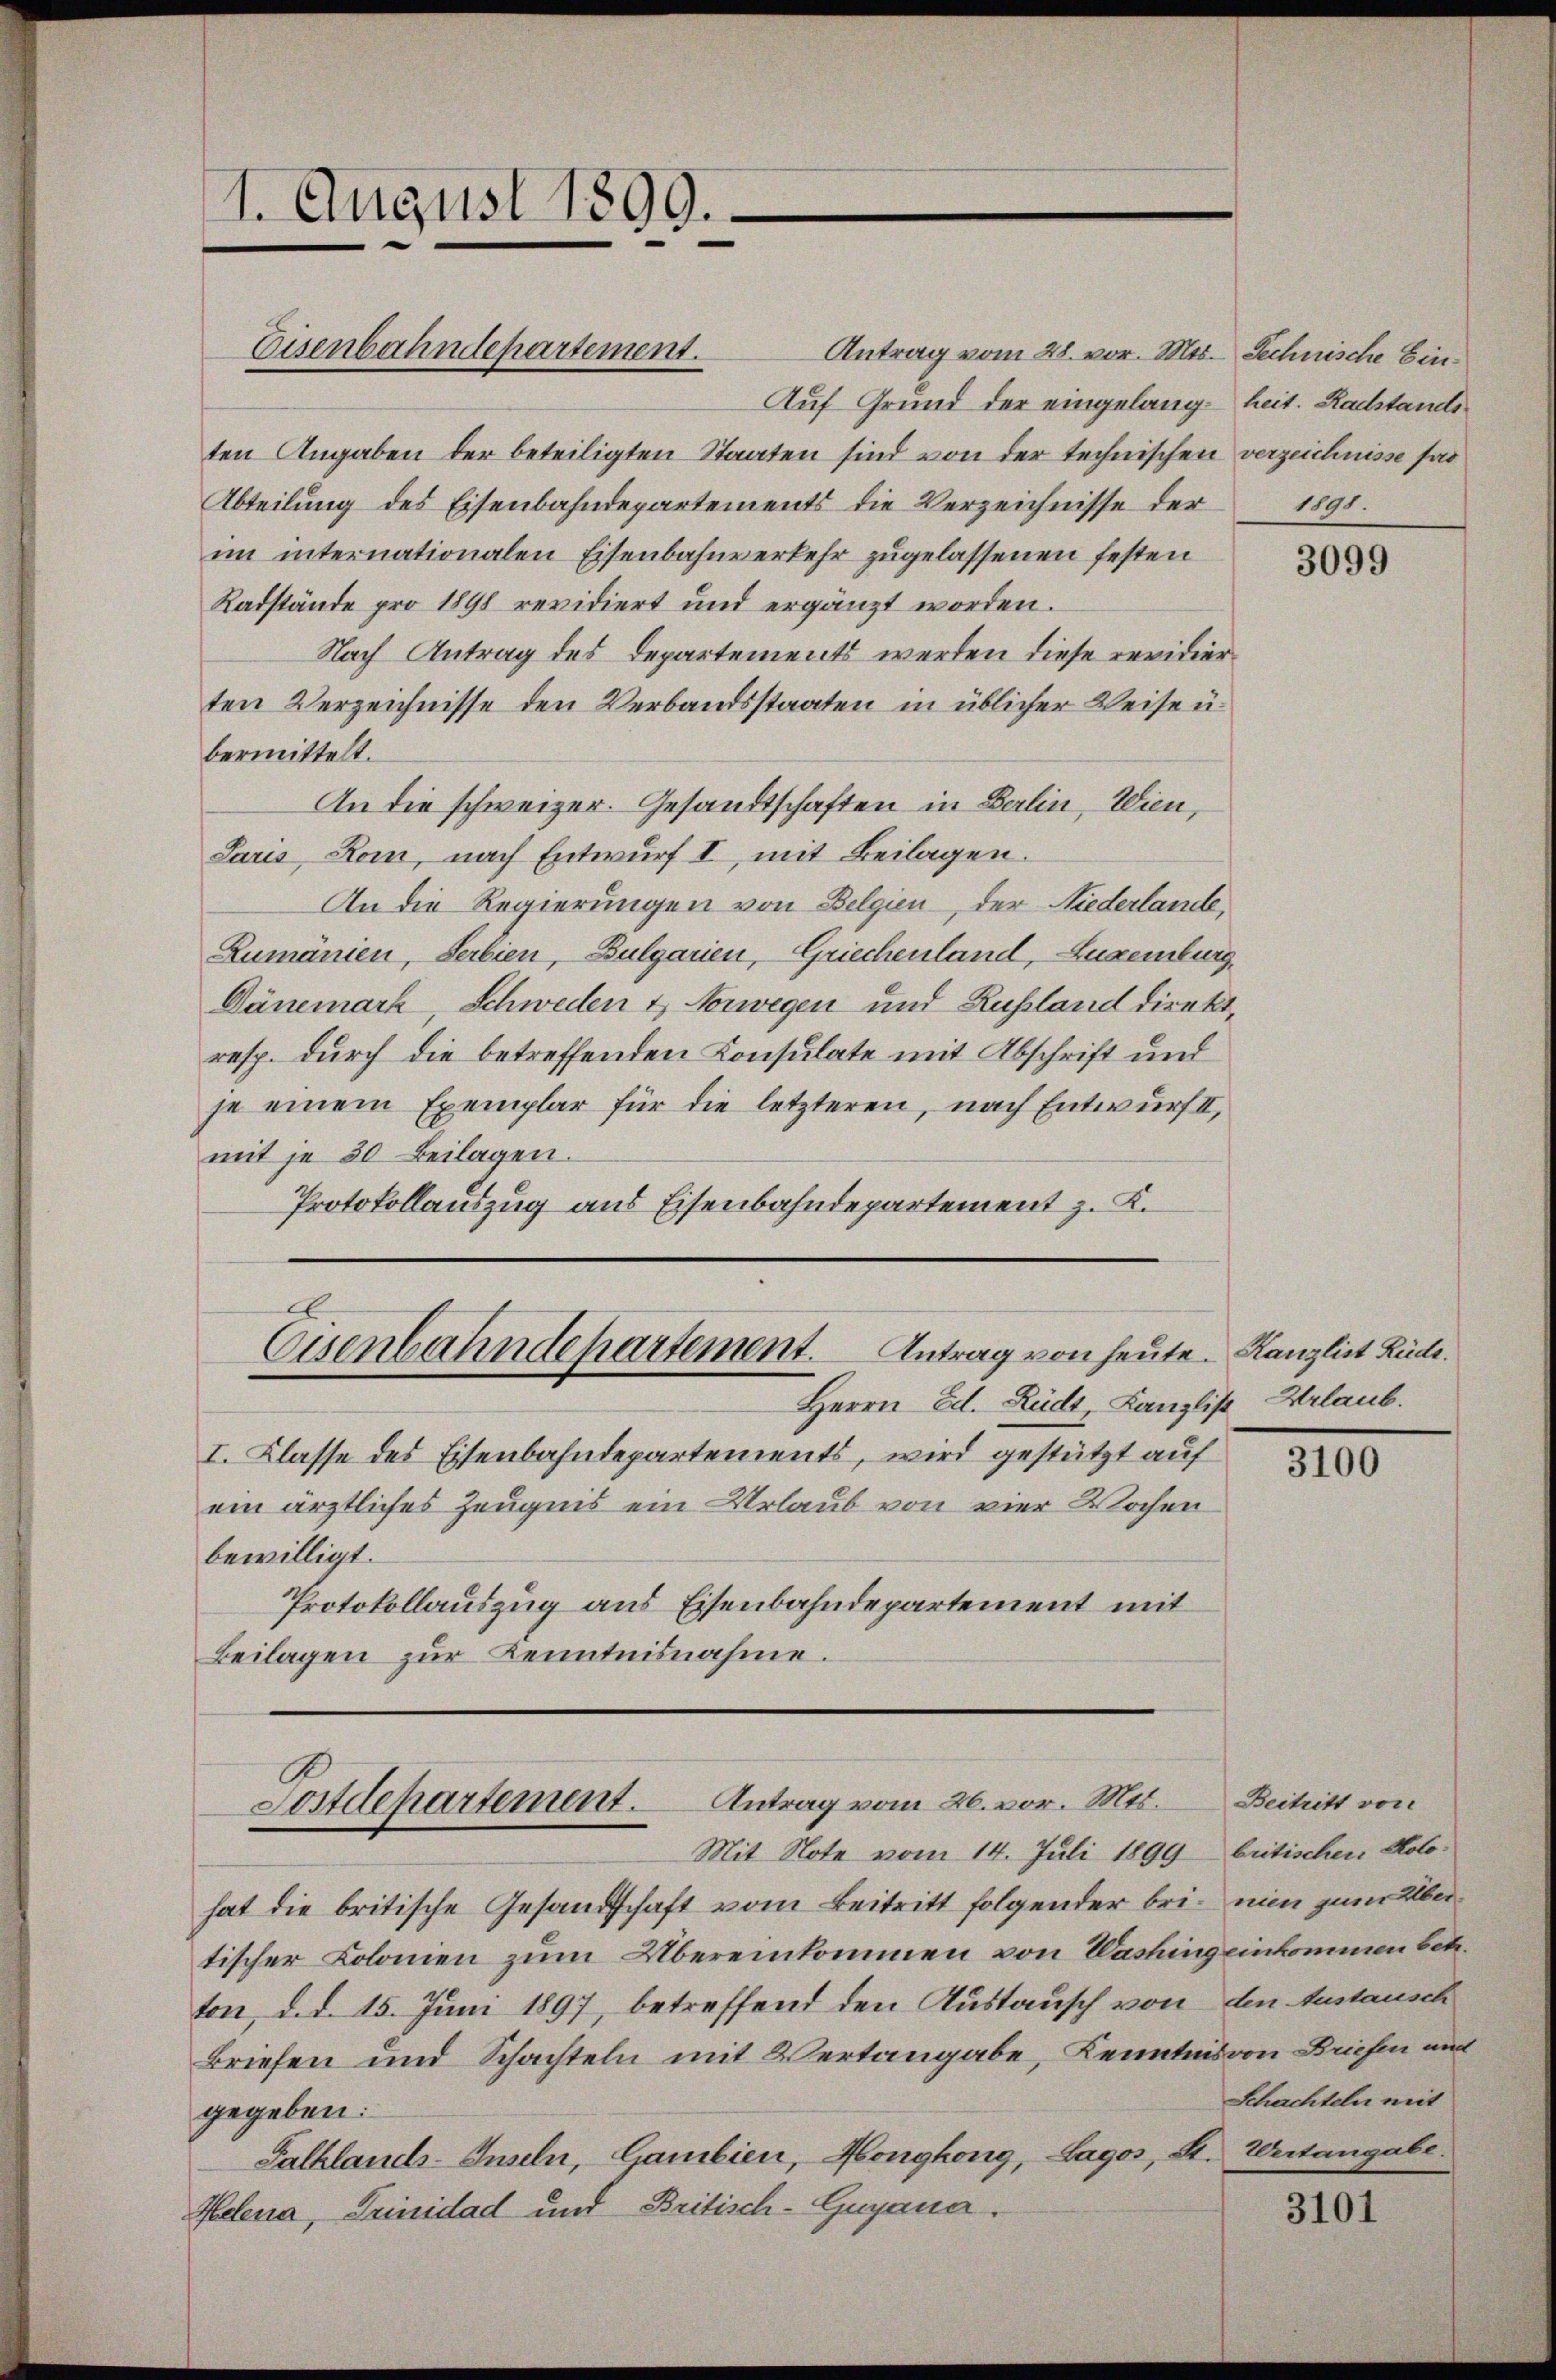
Antrag vom 28. vor. Mts. Technische Ein¬
Auf Grund der eingelang- heit. Radstande
ten Angaben der beteiligten Staaten sind von der technischen verzeichnisse fa
Abteilung des Eisenbahndepartements die Verzeichnisse der
im internationalen Eisenbahnverkehr zugelassenen festen
Radstände pro 1898 revidiert und ergänzt worden.
Nach Antrag des Departements werden diese revidierten Verzeichnisse den Verbandsstaaten in üblicher Weise u.
bermittelt.
An die schweizer. Gesandtschaften in Berlin, Wien,
Paris Rom, nach Entwurf I, mit Beilagen.
An die Regierungen von Belgien, der Niederlande,
Zumänien, Serbien, Bulgarien, Griechenland, Luxenburg,
Dänemark, Schweden & Norwegen und Russland direkt,
resp. durch die betreffenden Konsulate mit Abschrift und
je einem Exemplar für die letzteren, nach Entwurf,
mit je 30 Beilagen.
Protokollauszug aus Eisenbahndepartement z. K.

1. August 1890.

Eisenbahndepartement.

Eisenbahndepartement. Antrag von heute. Kanzlist Rücke.

Herrn Ed. Rüdt, Kanzlist Urlaub.
I. Klasse des Eisenbahndepartements, wird gestützt auf
ein ärztliches Zeugnis ein Urlaub von vier Wochen
bewilligt.
Protokollauszug aus Eisenbahndepartement mit
Beilagen zur Kenntnisnahme.

Postdepartement. Antrag vom 26. vor. Mts. Beitritt von
Mit Note vom 14. Juli 1899 betischen Kolo¬

1191.

3099

hat die britische Gesandtschaft vom Beitritt folgender bri, nun zum Übertischer Kolonien zum Übereinkommen von Washing einkommen betr.
ton, d. d. 15. Juni 1897, betreffend den Austausch von den Anstausch
Briefen und Schachteln mit Vertangabe, Kenntnis von Briefen mit
gegeben:
Salklanch-Inseln, Gambien, Honigkong, Lagos, St. Weitangabe.
Helena, Trinidad und Britisch-Gugana¬
3101

3100

Schachteln mit